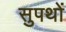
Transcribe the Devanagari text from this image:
सुपथों